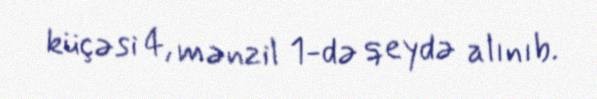
küçəsi 4, mənzil 1-də qeydə alınıb.